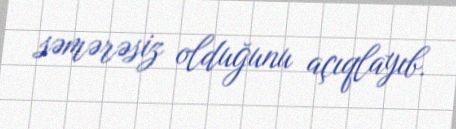
səmərəsiz olduğunu açıqlayıb.